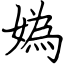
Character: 媯